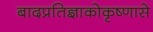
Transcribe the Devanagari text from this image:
बादप्रतिज्ञाकोकृष्णासे